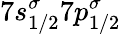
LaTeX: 7s_{1/2}^{\sigma}7p_{1/2}^{\sigma}